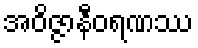
အဝိဇ္ဇာနီဝရဏဿ